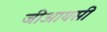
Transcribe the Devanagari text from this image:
जीआयसी